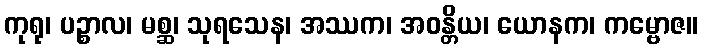
ကုရု၊ ပဉ္စာလ၊ မစ္ဆ၊ သုရသေန၊ အဿက၊ အဝန္တိယ၊ ယောနက၊ ကမ္ဗောဇ။